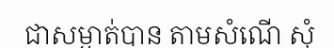
ជាសម្ងាត់បាន តាមសំណើ សុំ